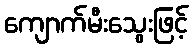
ကျောက်မီးသွေးဖြင့်